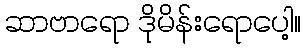
ဆာဗာရော ဒိုမိန်းရောပေါ့။